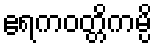
ဧရကဝတ္တိကမ္ပိ